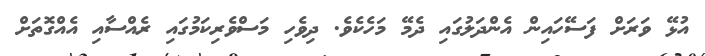
އުޅޭ ވަރަށް ފަސޭހައިން އެންދަލުގައި ދެމޭ މަހެކެވެ. ދިވެހި މަސްވެރިކަމުގައި ރެއްސާއި އެއްގޮތަށް